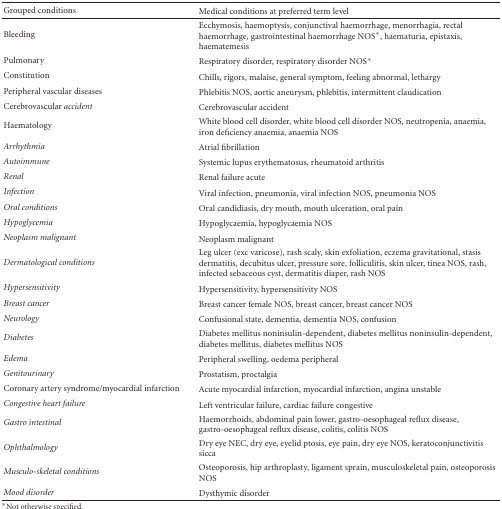
| Grouped conditions | Medical conditions at preferred term level |
 | --- | --- |
 | Bleeding | Ecchymosis, haemoptysis, conjunctival haemorrhage, menorrhagia, rectal haemorrhage, gastrointestinal haemorrhage NOS*, haematuria, epistaxis, haematemesis |
 | Pulmonary | Respiratory disorder, respiratory disorder NOS* |
 | Constitution | Chills, rigors, malaise, general symptom, feeling abnormal, lethargy |
 | Peripheral vascular diseases | Phlebitis NOS, aortic aneurysm, phlebitis, intermittent claudication |
 | Cerebrovascular accident | Cerebrovascular accident |
 | Haematology | White blood cell disorder, white blood cell disorder NOS, neutropenia, anaemia, iron deficiency anaemia, anaemia NOS |
 | Arrhythmia | Atrial fibrillation |
 | Autoimmune | Systemic lupus erythematosus, rheumatoid arthritis |
 | Renal | Renal failure acute |
 | Infection | Viral infection, pneumonia, viral infection NOS, pneumonia NOS |
 | Oral conditions | Oral candidiasis, dry mouth, mouth ulceration, oral pain |
 | Hypoglycemia | Hypoglycaemia, hypoglycaemia NOS |
 | Neoplasm malignant | Neoplasm malignant |
 | Dermatological conditions | Leg ulcer (exc varicose), rash scaly, skin exfoliation, eczema gravitational, stasis dermatitis, decubitus ulcer, pressure sore, folliculitis, skin ulcer, tinea NOS, rash, infected sebaceous cyst, dermatitis diaper, rash NOS |
 | Hypersensitivity | Hypersensitivity, hypersensitivity NOS |
 | Breast cancer | Breast cancer female NOS, breast cancer, breast cancer NOS |
 | Neurology | Confusional state, dementia, dementia NOS, confusion |
 | Diabetes | Diabetes mellitus noninsulin-dependent, diabetes mellitus noninsulin-dependent, diabetes mellitus, diabetes mellitus NOS |
 | Edema | Peripheral swelling, oedema peripheral |
 | Genitourinary | Prostatism, proctalgia |
 | Coronary artery syndrome/myocardial infarction | Acute myocardial infarction, myocardial infarction, angina unstable |
 | Congestive heart failure | Left ventricular failure, cardiac failure congestive |
 | Gastro intestinal | Haemorrhoids, abdominal pain lower, gastro-oesophageal reflux disease, gastro-oesophageal reflux disease, colitis, colitis NOS |
 | Ophthalmology | Dry eye NEC, dry eye, eyelid ptosis, eye pain, dry eye NOS, keratoconjunctivitis sicca |
 | Musculo-skeletal conditions | Osteoporosis, hip arthroplasty, ligament sprain, musculoskeletal pain, osteoporosis NOS |
 | Mood disorder | Dysthymic disorder |